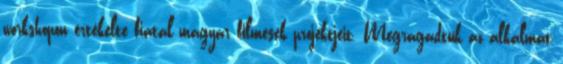
workshopon értékelte fiatal magyar filmesek projektjeit. Megragadtuk az alkalmat